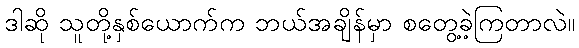
ဒါဆို သူတို့နှစ်ယောက်က ဘယ်အချိန်မှာ စတွေ့ခဲ့ကြတာလဲ။